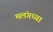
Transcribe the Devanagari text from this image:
मलंगच्या